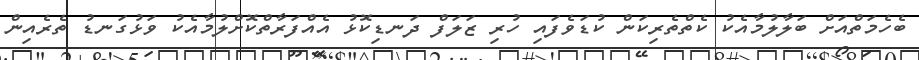
ބެހެމަތްއަށް ބަލާލުމާއެކު ކެތްތެރިކަން ކުޑަވެފައި ހުރި ޒަލަފް ދަނޑިކޮޅު އެއްފަރާތްކޮށްލުމާއެކު ވަޅުގަނޑު ތެރެއިން